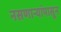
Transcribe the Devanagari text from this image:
नसणाऱ्यांपासून